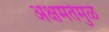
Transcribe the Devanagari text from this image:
अक्षमतेमुळे